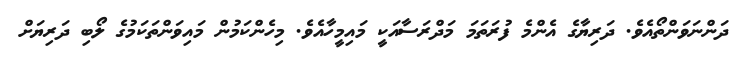
ދަންނަވަންތޯއެވެ. ދަރިޔާގެ އެންމެ ފުރަތަމަ މަދްރަސާއަކީ މައިމީހާއެވެ. މިހެންކަމުން މައިވަންތަކަމުގެ ލޯބި ދަރިޔަށް